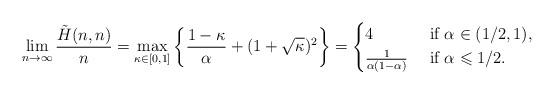
LaTeX: \begin{align*}\lim_{n\to\infty} \frac{\tilde{H}(n,n)}{n} = \max_{\kappa\in[0,1]} \left\lbrace \frac{1-\kappa}{\alpha} + (1+\sqrt{\kappa})^2 \right\rbrace =\begin{cases} 4 &\mbox{ if }\alpha\in(1/2, 1),\\\frac{1}{\alpha(1-\alpha)} &\mbox{ if }\alpha \leqslant 1/2.\end{cases}\end{align*}